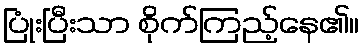
ပြုံးပြီးသာ စိုက်ကြည့်နေ၏။